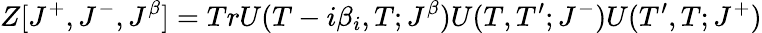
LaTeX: Z[J^{+},J^{-},J^{\beta}]=TrU(T-i\beta_{i},T;J^{\beta})U(T,T^{\prime};J^{-})U(T^{\prime},T;J^{+})